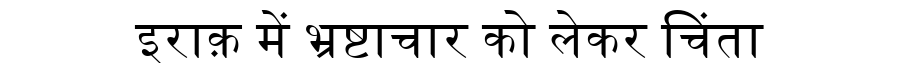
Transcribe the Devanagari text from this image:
इराक़ में भ्रष्टाचार को लेकर चिंता